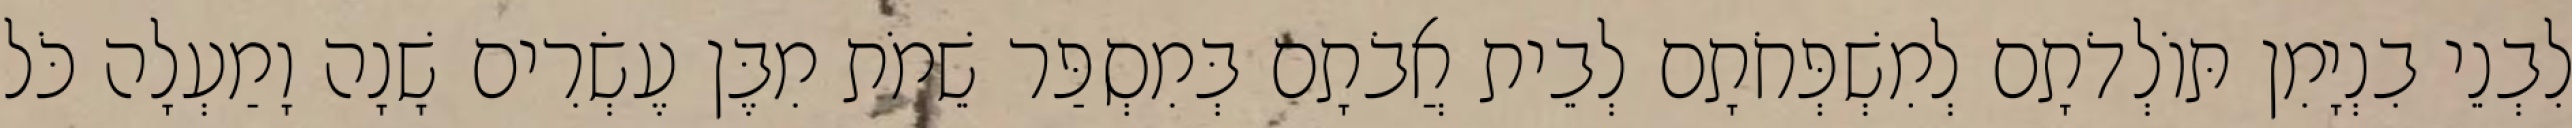
לִבְנֵי בִנְיָמִן תּוֹלְדֹתָם לְמִשְׁפְּחֹתָם לְבֵית אֲבֹתָם בְּמִסְפַּר שֵׁמֹת מִבֶּן עֶשְׂרִים שָׁנָה וָמַעְלָה כֹּל